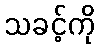
သခင့်ကို